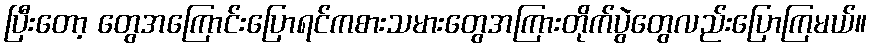
ပြီးတော့ တွေအကြောင်းပြောရင်ကစားသမားတွေအကြားတိုက်ပွဲတွေလည်းပြောကြမယ်။